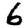
Digit: 6